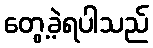
တွေ့ခဲ့ရပါသည်